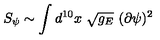
S _ { \psi } \sim \int d ^ { 1 0 } x \ \sqrt { g _ { E } } \ ( \partial \psi ) ^ { 2 }